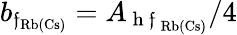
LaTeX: b_{\mathfrak{f}_{\mathrm{{Rb(Cs)}}}}=A_{\mathrm{{~h~\mathfrak{f}~}}_{\mathrm{{Rb(Cs)}}}}/4